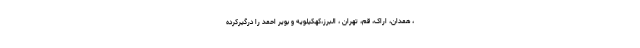
، همدان، اراک، قم، تهران ، البرز،کهکیلویه و بویر احمد را درگیرکرده